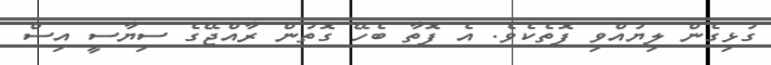
ގުޅިގެން ލިޔުއްވި ފޮތެކެވެ. އެ ފޮތާ ބެހޭ ގޮތުން ރާއްޖޭގެ ސިޔާސީ އިސް